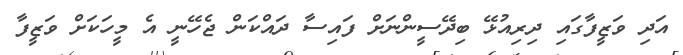
އަދި ވަޒީފާގައި ދިރިއުޅޭ ބިދޭސީންނަށް ފައިސާ ދައްކަން ޖެހޭނީ އެ މީހަކަށް ވަޒީފާ